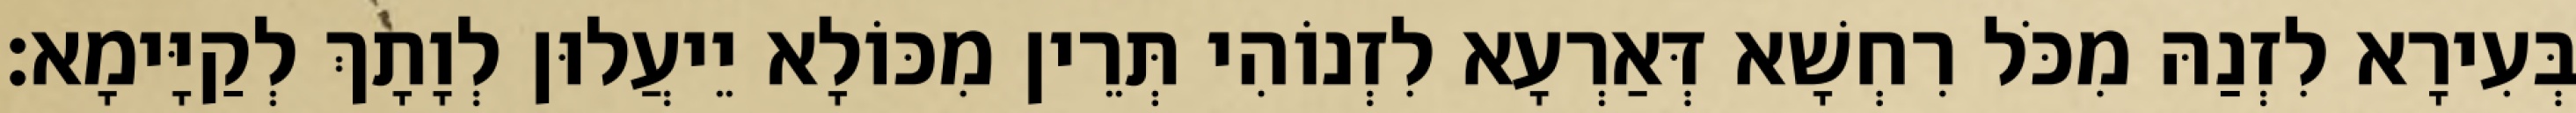
בְּעִירָא לִזְנַהּ מִכֹּל רִחְשָׁא דְּאַרְעָא לִזְנוֹהִי תְּרֵין מִכּוֹלָא יֵיעֲלוּן לְוָתָךְ לְקַיָּימָא׃